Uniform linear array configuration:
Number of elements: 48
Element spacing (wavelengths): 1
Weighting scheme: hamming
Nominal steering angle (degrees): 15
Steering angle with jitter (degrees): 13.691
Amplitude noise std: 0.05
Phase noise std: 0.05

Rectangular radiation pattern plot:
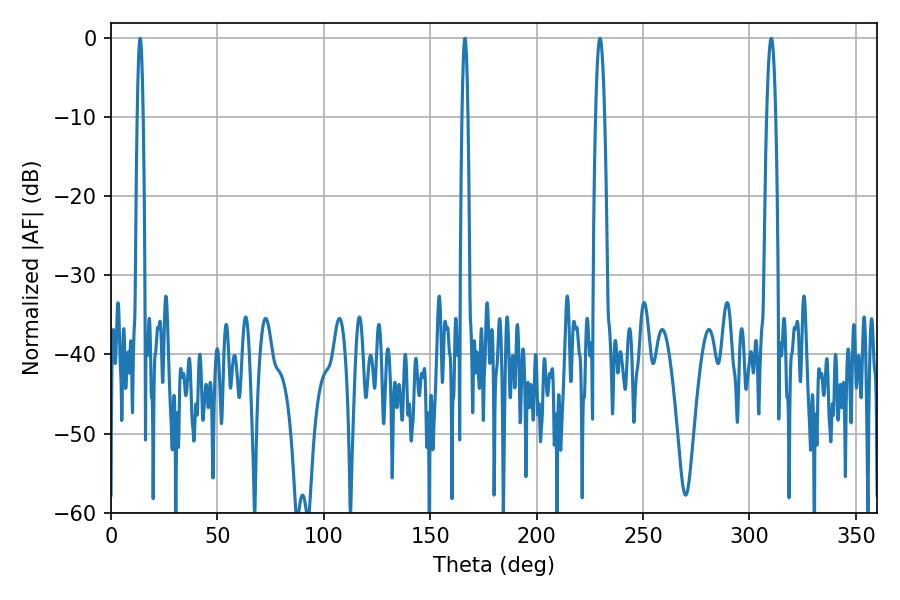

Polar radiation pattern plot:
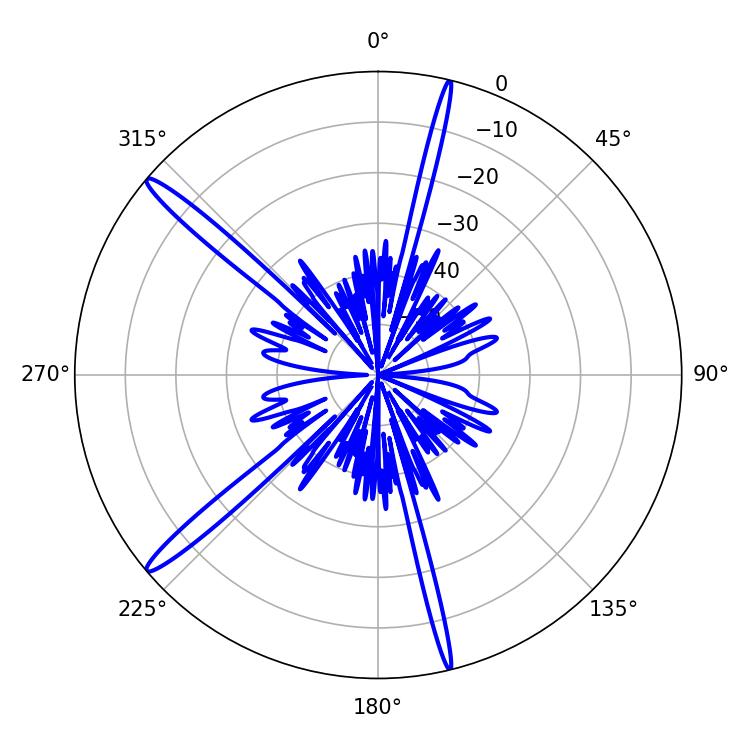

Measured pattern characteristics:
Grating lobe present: TRUE
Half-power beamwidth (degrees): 1.44
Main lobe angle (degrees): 13.68